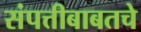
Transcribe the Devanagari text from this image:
संपत्तीबाबतचे